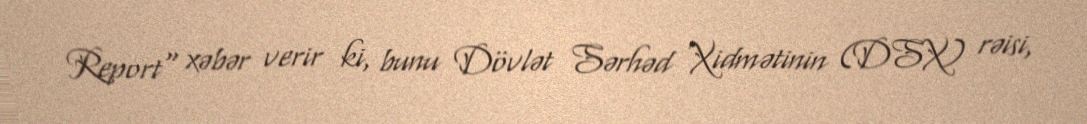
Report" xəbər verir ki, bunu Dövlət Sərhəd Xidmətinin (DSX) rəisi,